Indian journal of veterinary science and animal husbandry - Volume 12,
Year: 1942
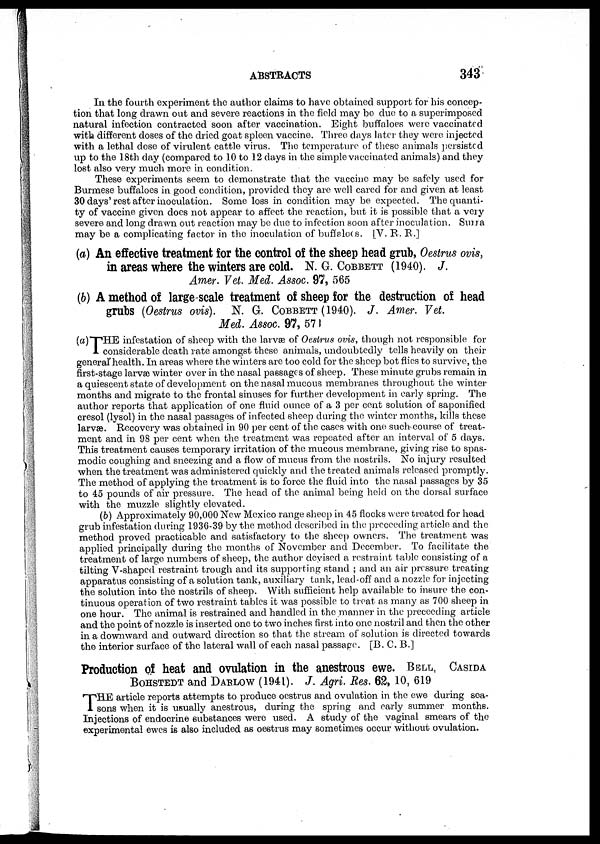
ABSTRACTS
343
In the fourth experiment the author claims to have obtained support for his concep-
tion that long drawn out and severe reactions in the field may be due to a superimposed
natural infection contracted soon after vaccination. Eight buffaloes were vaccinated
with different doses of the dried goat spleen vaccine. Three days later they were injected
with a lethal dose of virulent cattle virus. The temperature of these animals persisted
up to the 18th day (compared to 10 to 12 days in the simple vaccinated animals) and they
lost also very much more in condition.
These experiments seem to demonstrate that the vaccine may be safely used for
Burmese buffaloes in good condition, provided they are well cared for and given at least
30 days'rest after inoculation. Some loss in condition may be expected. The quanti-
ty of vaccine given does not appear to affect the reaction, but it is possible that a very
severe and long drawn out reaction may be due to infection soon after inoculation. Surra
may be a complicating factor in the inoculation of buffaloes. [V. R. R.]
(a) An effective treatment for the control of the sheep head grub, Oestrus ovis,
in areas where the winters are cold. N. G. COBBETT (1940). J.
Amer. Vet. Med. Assoc. 97, 565
(b) A method of large-scale treatment of sheep for the destruction of head
grubs (Oestrus ovis). N. G. COBBETT (1940). J. Amer. Vet.
Med. Assoc. 97, 571
(a)THE infestation of sheep with the larvæ of Oestrus ovis, though not responsible for
considerable death rate amongst these animals, undoubtedly tells heavily on their
general health. In areas where the winters are too cold for the sheep bot flies to survive, the
first-stage larvæ winter over in the nasal passages of sheep. These minute grubs remain in
a quiescent state of development on the nasal mucous membranes throughout the winter
months and migrate to the frontal sinuses for further development in early spring. The
author reports that application of one fluid ounce of a 3 per cent solution of saponified
cresol (lysol) in the nasal passages of infected sheep during the winter months, kills these
larvæ. Recovery was obtained in 90 per cent of the cases with one; such course of treat-
ment and in 98 per cent when the treatment was repeated after an interval of 5 days.
This treatment causes temporary irritation of the mucous membrane, giving rise to spas-
modic coughing and sneezing and a flow of mucus from the nostrils. No injury resulted
when the treatment was administered quickly and the treated animals released promptly.
The method of applying the treatment is to force the fluid into the nasal passages by 35
to 45 pounds of air pressure. The head of the animal being held on the dorsal surface
with the muzzle slightly elevated.
(b) Approximately 90,000 New Mexico range sheep in 45 flocks were treated for head
grub infestation during 1936-39 by the method described in the procceding article and the
method proved practicable and satisfactory to the sheep owners. The treatment was
applied principally during the months of November and December. To facilitate the
treatment of large numbers of sheep, the author devised a restraint table consisting of a
tilting V-shaped restraint trough and its supporting stand ; and an air pressure treating
apparatus consisting of a solution tank, auxiliary tank, lead-off and a nozzle for injecting
the solution into the nostrils of sheep. With sufficient help available to insure the con-
tinuous operation of two restraint tables it was possible to treat as many as 700 sheep in
one hour. The animal is restrained and handled in the manner in the preceeding article
and the point of nozzle is inserted one to two inches first into one nostril and then the other
in a downward and outward direction so that the stream of solution is directed towards
the interior surface of the lateral wall of each nasal passage. [B. C. B.]
Production of heat and ovulation in the anestrous ewe. BELL, CASIDA
BOHSTEDT AND DABLOW (1941). J. Agri. Res. 62, 10, 619
T HE article reports attempts to produce oestrus and ovulation in the ewe during sea-
sons when it is usually anestrous, during the spring and early summer months.
Injections of endocrine substances were used. A study of the vaginal smears of the
experimental ewes is also included as oestrus may sometimes occur without ovulation.